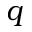
q